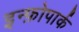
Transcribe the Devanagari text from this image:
इन्फ़ोपार्क